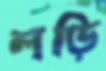
লড়ি